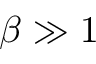
\beta \gg 1